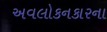
અવલોકનકારના